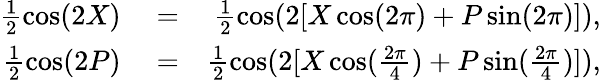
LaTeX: \begin{array}{rlr}{\frac{1}{2}\cos(2X)}&{{}=}&{\frac{1}{2}\cos(2[X\cos(2\pi)+P\sin(2\pi)]),}\\ {\frac{1}{2}\cos(2P)}&{{}=}&{\frac{1}{2}\cos(2[X\cos(\frac{2\pi}{4})+P\sin(\frac{2\pi}{4})]),}\end{array}